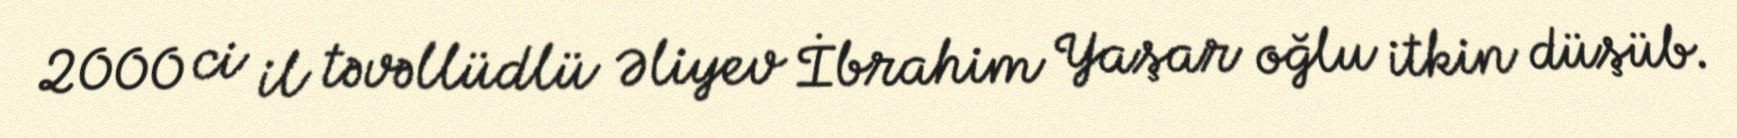
2000 ci il təvəllüdlü Əliyev İbrahim Yaşar oğlu itkin düşüb.